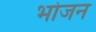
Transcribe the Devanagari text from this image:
भाेजन